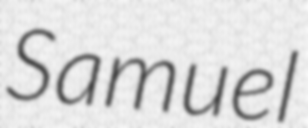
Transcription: Samuel